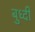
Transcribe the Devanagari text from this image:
बुध्‍दी